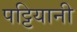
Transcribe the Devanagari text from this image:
पट्टियानी